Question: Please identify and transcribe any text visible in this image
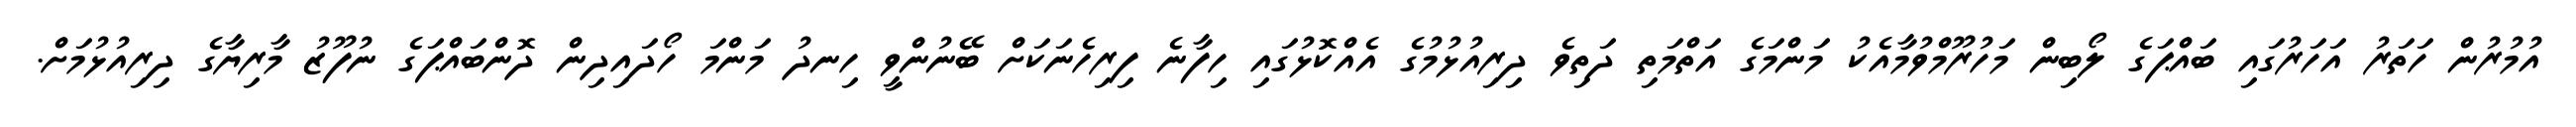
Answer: އުމުރުން ހަތަރު އަހަރުގައި ބައްޕަގެ ލޯބިން މަހުރޫމްވުމާއެކު މަންމަގެ އަތްމަތި ދަތިވެ ދިރިއުޅުމުގެ އެއްކޮޅުގައި ހިފާނެ ފިރިހެނަކަށް ބޭނުންވީ ހިނދު މަންމަ ހޯދައިދިން ދޮންބައްޕަގެ ނުފޫޒު މާރިޔާގެ ދިރިއުޅުމަށް.